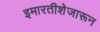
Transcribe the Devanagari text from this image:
इमारतीशेजारून